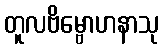
တူလဗိမ္ဗောဟနာသု